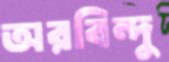
অরবিন্দু